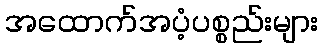
အထောက်အပံ့ပစ္စည်းများ